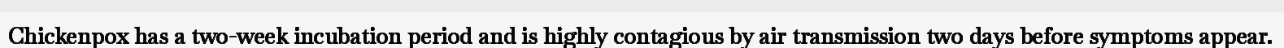
Chickenpox has a two-week incubation period and is highly contagious by air transmission two days before symptoms appear.